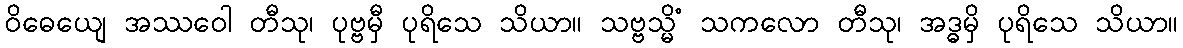
ဝိဓေယျေ အဿဝေါ တီသု၊ ပုဗ္ဗမှီ ပုရိသေ သိယာ။ သဗ္ဗသ္မိံ သကလော တီသု၊ အဒ္ဓမှိ ပုရိသေ သိယာ။